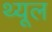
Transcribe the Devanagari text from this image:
थ्यूल